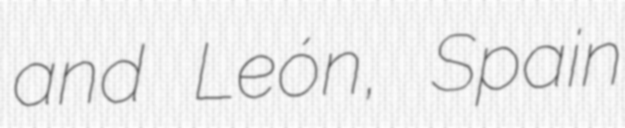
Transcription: and León, Spain